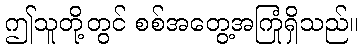
ဤသူတို့တွင် စစ်အတွေ့အကြုံရှိသည်။